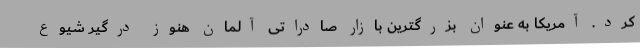
کرد. آمریکا به عنوان بزرگترین بازار صادراتی آلمان هنوز درگیر شیوع